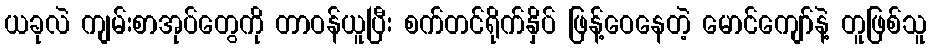
ယခုလဲ ကျမ်းစာအုပ်တွေကို တာဝန်ယူပြီး စက်တင်ရိုက်နှိပ် ဖြန့်ဝေနေတဲ့ မောင်ကျော်နဲ့ တူဖြစ်သူ